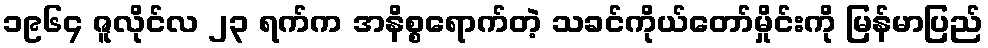
၁၉၆၄ ဇူလိုင်လ ၂၃ ရက်က အနိစ္စရောက်တဲ့ သခင်ကိုယ်တော်မှိုင်းကို မြန်မာပြည်